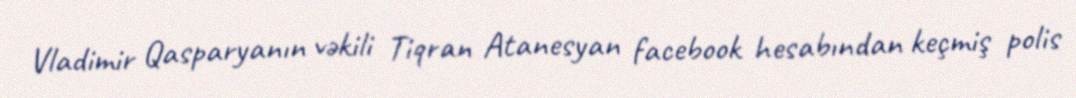
Vladimir Qasparyanın vəkili Tiqran Atanesyan facebook hesabından keçmiş polis